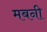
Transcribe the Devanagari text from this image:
मबनी